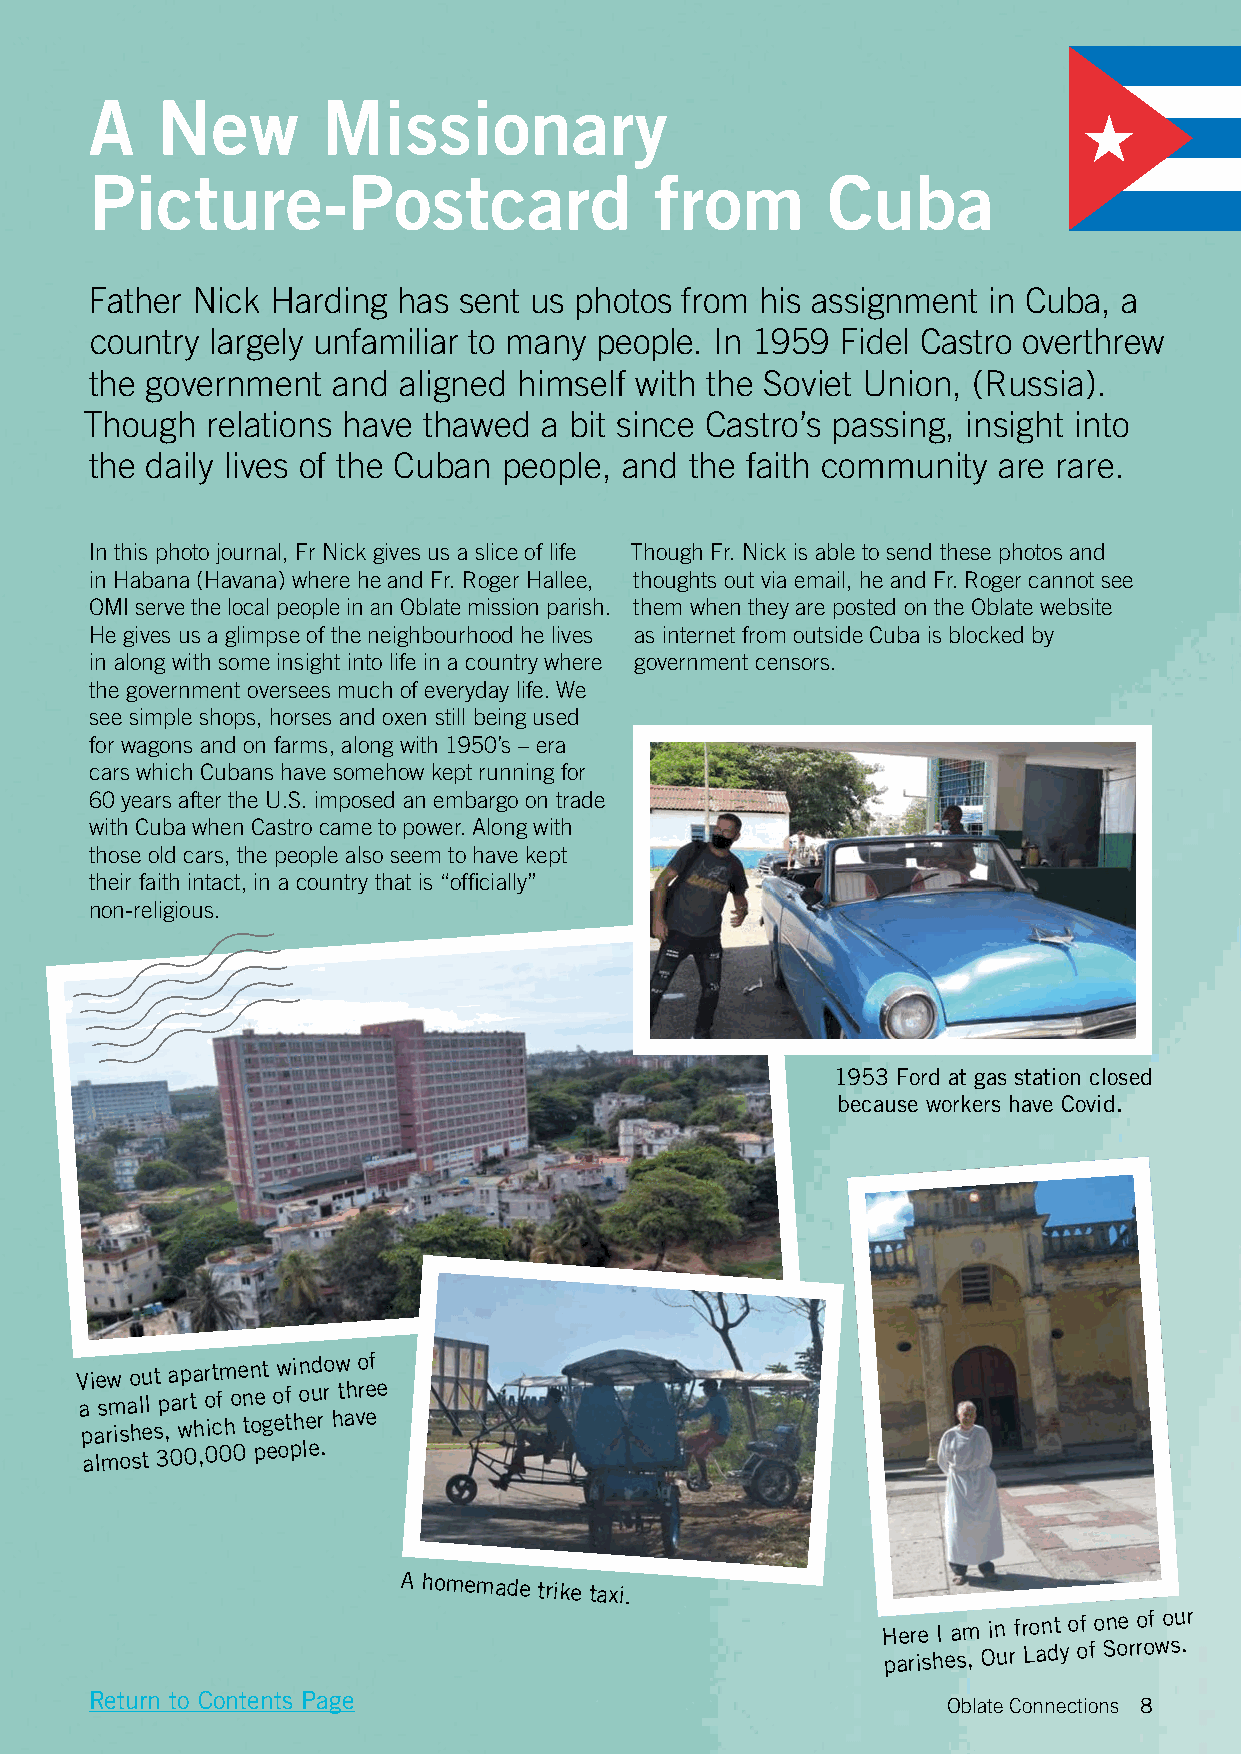
A   New        Missionary
 Picture-Postcard                     from        Cuba
 Father Nick Harding has sent us photos from his assignment in Cuba, a
 country largely unfamiliar to many people. In 1959 Fidel Castro overthrew
 the government  and aligned himself with the Soviet Union, (Russia).
 Though  relations have thawed a bit since Castro’s passing, insight into
 the daily lives of the Cuban people, and the faith community are rare.
 In this photo journal, Fr Nick gives us a slice of life Though Fr. Nick is able to send these photos and
 in Habana (Havana) where he and Fr. Roger Hallee, thoughts out via email, he and Fr. Roger cannot see
 OMI serve the local people in an Oblate mission parish. them when they are posted on the Oblate website
 He gives us a glimpse of the neighbourhood he lives as internet from outside Cuba is blocked by
 in along with some insight into life in a country where government censors.
 the government oversees much of everyday life. We
 see simple shops, horses and oxen still being used
 for wagons and on farms, along with 1950’s – era
 cars which Cubans have somehow kept running for
 60 years after the U.S. imposed an embargo on trade
 with Cuba when Castro came to power. Along with
 those old cars, the people also seem to have kept
 their faith intact, in a country that is “officially”
 non-religious.
 1953 Ford at gas station closed
 because workers have Covid.
 V ai e sw
 m
 ao lu
 l
 t
 p
 a ap rta r ot fm oe nn et ow
 f
 in oud ro w
 th
 o ref
 e
 parishes, which together have
 almost
 300,000 people.
 A homemade
 trike taxi.
 Here I am in front of one of our
 parishes, Our Lady of
 Sorrows.
 Return to Contents Page
 Oblate Connections 8